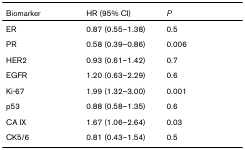
<table><thead><tr><td><b>Biomarker</b></td><td><b>HR (95% CI)</b></td><td><b><i>P</i></b></td></tr></thead><tbody><tr><td>ER</td><td>0.87 (0.55–1.38)</td><td>0.5</td></tr><tr><td>PR</td><td>0.58 (0.39–0.86)</td><td>0.006</td></tr><tr><td>HER2</td><td>0.93 (0.61–1.42)</td><td>0.7</td></tr><tr><td>EGFR</td><td>1.20 (0.63–2.29)</td><td>0.6</td></tr><tr><td>Ki-67</td><td>1.99 (1.32–3.00)</td><td>0.001</td></tr><tr><td>p53</td><td>0.88 (0.58–1.35)</td><td>0.6</td></tr><tr><td>CA IX</td><td>1.67 (1.06–2.64)</td><td>0.03</td></tr><tr><td>CK5/6</td><td>0.81 (0.43–1.54)</td><td>0.5</td></tr></tbody></table>